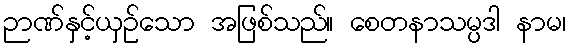
ဉာဏ်နှင့်ယှဉ်သော အဖြစ်သည်။ စေတနာသမ္ပဒါ နာမ၊